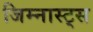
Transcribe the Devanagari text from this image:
जिम्नास्ट्स